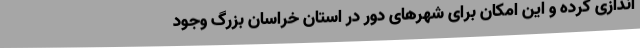
اندازی کرده و این امکان برای شهرهای دور در استان خراسان بزرگ وجود